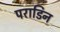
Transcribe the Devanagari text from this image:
पराडिन